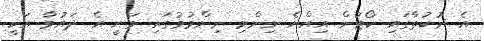
އެ ނުކުތާގައި ކޯޓުން އިއްޔެ ނިންމި ނިންމުމުގައި ވަނީ އެ ދައުވާ އަކީ